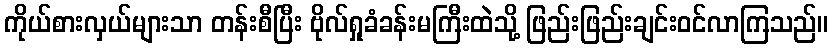
ကိုယ်စားလှယ်များသာ တန်းစီပြီး ဗိုလ်ရှုခံခန်းမကြီးထဲသို့ ဖြည်းဖြည်းချင်းဝင်လာကြသည်။